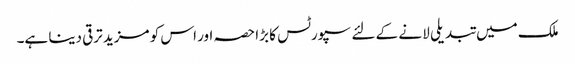
ملک میں تبدیلی لا نے کے لئے سپورٹس کا بڑا حصہ اور اس کو مزید ترقی دینا ہے۔